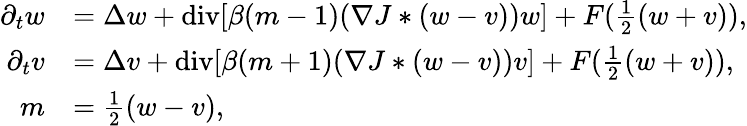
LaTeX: \begin{array}{rl}{\partial_{t}w}&{=\Delta w+\mathrm{div}[\beta(m-1)(\nabla J*(w-v))w]+F(\frac{1}{2}(w+v)),}\\ {\partial_{t}v}&{=\Delta v+\mathrm{div}[\beta(m+1)(\nabla J*(w-v))v]+F(\frac{1}{2}(w+v)),}\\ {m}&{=\frac{1}{2}(w-v),}\end{array}